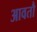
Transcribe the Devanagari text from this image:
आवतौ